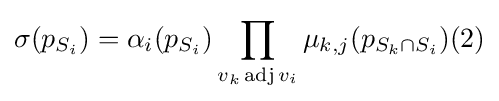
\sigma (p_{S_{i}})=\alpha _{i}(p_{S_{i}})\prod _{v_{k}\operatorname {adj} v_{i}}\mu _{k,j}(p_{S_{k}\cap S_{i}})(2)